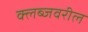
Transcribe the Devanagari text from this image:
क्लब्जवरील